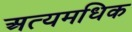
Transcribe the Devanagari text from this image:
अत्यमधिक